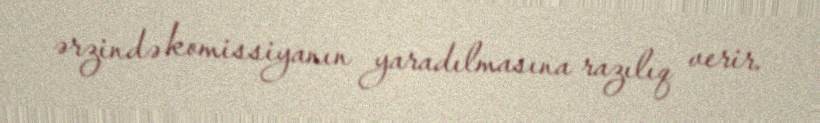
ərzində komissiyanın yaradılmasına razılıq verir.